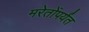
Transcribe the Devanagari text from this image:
मरेतोंपर्यंत